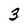
Character: 3